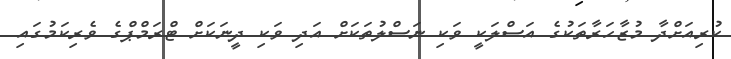
ކުރިއަށްދާ މުޒާހަރާތަކުގެ އަސްލަކީ ވަކި ނަސްލުތަކަށް އަދި ވަކި ދީނަކަށް ޓްރަމްޕްގެ ވެރިކަމުގައި